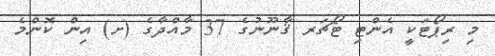
މި ރިޕޯޓަކީ އެންޓި ޓޯޗަރ ޤާނޫނުގެ 37 މާއްދާގެ (ށ) އިން ކޮންމެ